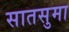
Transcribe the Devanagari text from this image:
सातसुमा